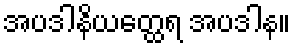
အပဒါနိယတ္ထေရ အပဒါန။